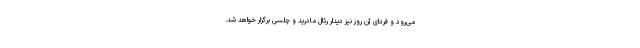
می‌رود و فردای آن روز نیز دیدار رئال مادرید و چلسی برگزار خواهد شد.